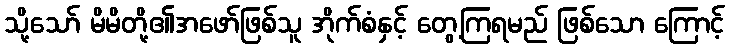
သို့သော် မိမိတို့၏အဖော်ဖြစ်သူ အိုက်စံနှင့် တွေ့ကြရမည် ဖြစ်သော ကြောင့်